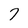
Character: 7